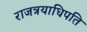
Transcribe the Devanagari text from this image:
राजत्रयाधिपति